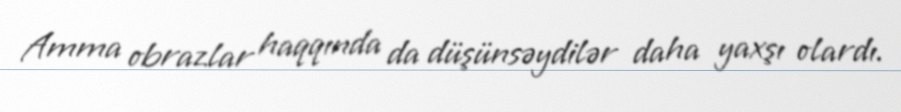
Amma obrazlar haqqında da düşünsəydilər daha yaxşı olardı.